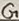
Text: G